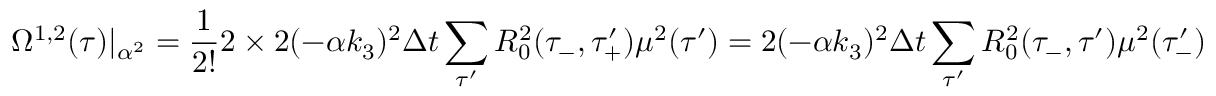
\Omega ^ { 1 , 2 } ( \tau ) | _ { \alpha ^ { 2 } } = \frac { 1 } { 2 ! } 2 \times 2 ( - \alpha k _ { 3 } ) ^ { 2 } \Delta t \sum _ { \tau ^ { \prime } } R _ { 0 } ^ { 2 } ( \tau _ { - } , \tau _ { + } ^ { \prime } ) \mu ^ { 2 } ( \tau ^ { \prime } ) = 2 ( - \alpha k _ { 3 } ) ^ { 2 } \Delta t \sum _ { \tau ^ { \prime } } R _ { 0 } ^ { 2 } ( \tau _ { - } , \tau ^ { \prime } ) \mu ^ { 2 } ( \tau _ { - } ^ { \prime } )